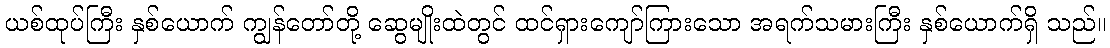
ယစ်ထုပ်ကြီး နှစ်ယောက် ကျွန်တော်တို့ ဆွေမျိုးထဲတွင် ထင်ရှားကျော်ကြားသော အရက်သမားကြီး နှစ်ယောက်ရှိ သည်။